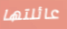
عائلتها